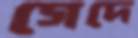
গেদে